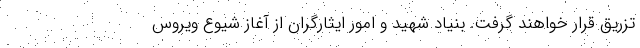
تزریق قرار خواهند گرفت. بنیاد شهید و امور ایثارگران از آغاز شیوع ویروس